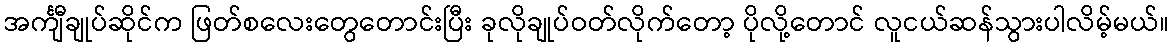
အင်္ကျီချုပ်ဆိုင်က ဖြတ်စလေးတွေတောင်းပြီး ခုလိုချုပ်ဝတ်လိုက်တော့ ပိုလို့တောင် လူငယ်ဆန်သွားပါလိမ့်မယ်။